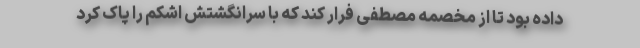
داده بود تا از مخصمه مصطفی فرار کند که با سرانگشتش اشکم را پاک کرد